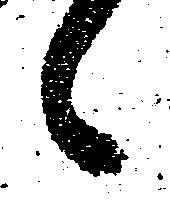
々